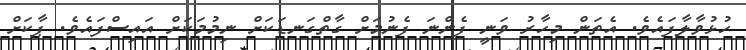
ހުޅުވާލާފައެވެ. އެތަން މިހާރު ވަނީ ފެންނަ ފެނުމަށް ގާތްގަނޑަކަށް ނިމުމަކަށް އައިސްފައެވެ. ޕާކަށް